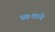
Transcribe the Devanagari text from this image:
स्वःताचे